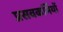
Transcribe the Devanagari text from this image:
प्रसवकर्मियों